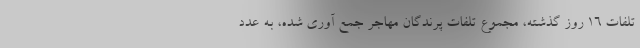
تلفات ۱۶ روز گذشته، مجموع تلفات پرندگان مهاجر جمع آوری شده، به عدد